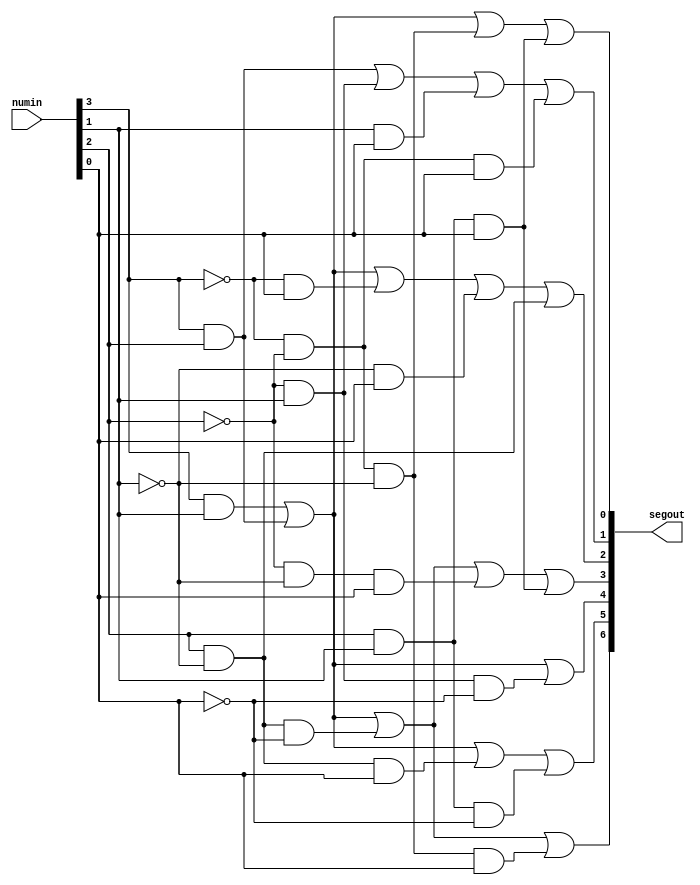
`timescale 1ns / 1ps
//////////////////////////////////////////////////////////////////////////////////
// Company: University of Arizona - ECE274A - Digital Logic
// 
// Design Name: 
// Module Name: SevenSegment
// Project Name: 
// Target Devices: 
// Tool Versions: 
// Description: 
// 
// Dependencies: 
// 
// Revision:
// Revision 0.01 - File Created
// Additional Comments:
// 
//////////////////////////////////////////////////////////////////////////////////


module SevenSegment(numin, segout);
    input	[3:0] numin;
    output	reg [6:0] segout;//segout[6] - seg_a, segout[5] - seg_b, segout[4] - seg_c,
                          //segout[3] - seg_d, segout[2] - seg_e, segout[1] - seg_f, segout[0] - seg_g
    always @(numin)
    begin
        //segment a
        segout[6] <=    (numin[3]& numin[1]) |(numin[3]& numin[2]) | 
                        (numin[2]& ~numin[1]& ~numin[0]) | (~numin[3]& ~numin[2]& ~numin[1]& numin[0]);
        
        //segment b
        segout[5] <=    (numin[3]&numin[1]) | (numin[3]&numin[2]) | (numin[2]&~numin[1]&numin[0]) |
                        (numin[2]&numin[1]&~numin[0]);
        
        //segment c
        segout[4] <=    (numin[3]&numin[1]) | (numin[3]&numin[2]) | (~numin[2]&numin[1]&~numin[0]);
        
        //segment d
        segout[3] <=    (numin[3]&numin[1]) | (numin[3]&numin[2]) | (numin[2]&~numin[1]&~numin[0]) | 
                        (~numin[2]&~numin[1]&numin[0]) | (numin[2]&numin[1]&numin[0]);
        
        //segment e
        segout[2] <=    (numin[3]&numin[1]) | (numin[3]&numin[2]) | (~numin[3]&numin[0]) | 
                        (~numin[1]&numin[0]) | (numin[2]&~numin[1]);
       
        //segment f
        segout[1] <=    (numin[3]&numin[2]) | (~numin[2]&numin[1]) | (numin[1]&numin[0]) |
                        (~numin[3]&~numin[2]&numin[0]);
        
        //segment g
        segout[0] <=    (numin[3]&numin[1]) | (numin[3]&numin[2]) | (~numin[3]&~numin[2]&~numin[1])|
                        (numin[2]&numin[1]&numin[0]);
       
    end

endmodule